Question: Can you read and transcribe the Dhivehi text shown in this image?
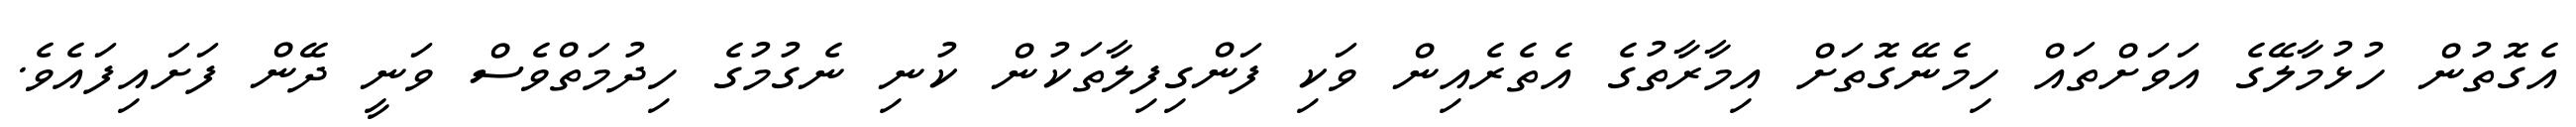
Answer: އެގޮތުން ހުޅުމާލޭގެ އަވަށްތައް ހިމެނޭގޮތަށް އިމާރާތުގެ އެތެރެއިން ވަކި ފަންގިފިލާތަކުން ކުނި ނެގުމުގެ ހިދުމަތްވެސް ވަނީ ދޭން ފަށައިފައެވެ.